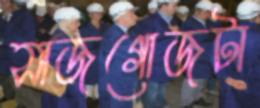
সাজগোজটা